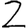
Digit: 2